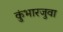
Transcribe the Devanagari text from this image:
कुंभारजुवा